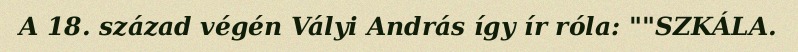
A 18. század végén Vályi András így ír róla: ""SZKÁLA.